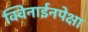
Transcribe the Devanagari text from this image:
क्विनाईनपेक्षा